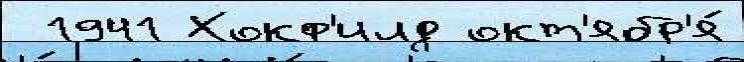
 1941 Хокф'илд окт'ябр'я́